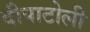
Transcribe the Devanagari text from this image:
दीपाटोली